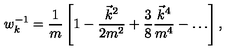
w _ { k } ^ { - 1 } = \frac 1 m \left[ 1 - \frac { \vec { k } ^ { 2 } } { 2 m ^ { 2 } } + \frac 3 8 \frac { \vec { k } ^ { 4 } } { m ^ { 4 } } - \ldots \right] ,